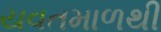
યવતમાળથી